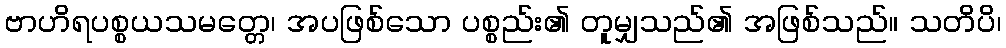
ဗာဟိရပစ္စယသမတ္တေ၊ အပဖြစ်သော ပစ္စည်း၏ တူမျှသည်၏ အဖြစ်သည်။ သတိပိ၊